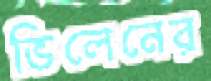
ভিলেনের